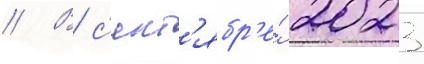
// В с'ент'ябр'е́ 2023